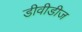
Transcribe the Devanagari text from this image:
डीवीडीज